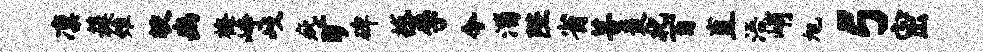
凛簇雉较豳梅峥歧疵旷碑撼李今淄陛省菩裘北百直浯峭旭弓密